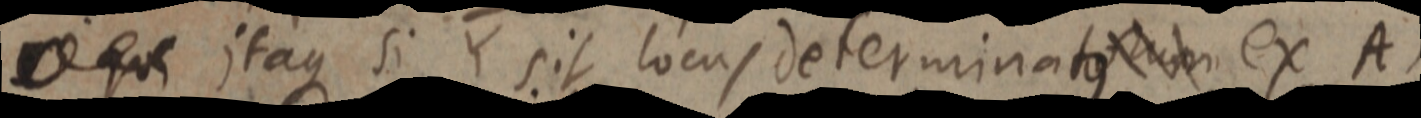
_ qu itaque si sit locus determinatus ex A,